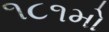
૧૮૧મો